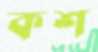
কশ